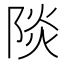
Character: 𮥐